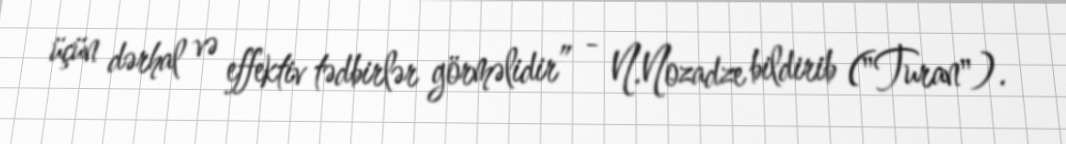
üçün dərhal və effektiv tədbirlər görməlidir” - N.Nozadze bildirib ("Turan").